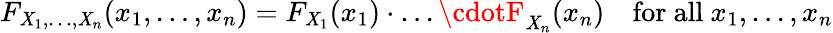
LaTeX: F_{\mathit{X}_{1},\ldots,\mathit{X}_{n}}(x_{1},\ldots,x_{n})=F_{\mathit{X}_{1}}(x_{1})\cdot\ldots\cdotF_{\mathit{X}_{n}}(x_{n})\quad{\mathrm{{for~all~}}}x_{1},\ldots,x_{n}